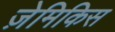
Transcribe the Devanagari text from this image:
ज़ेमिकिस